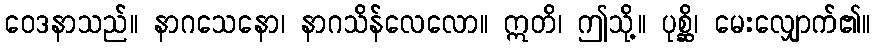
ဝေဒနာသည်။ နာဂသေနော၊ နာဂသိန်လေလော။ ဣတိ၊ ဤသို့။ ပုစ္ဆိ၊ မေးလျှောက်၏။